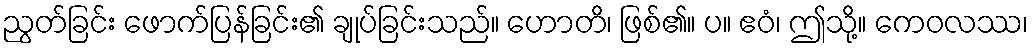
ညွတ်ခြင်း ဖောက်ပြန်ခြင်း၏ ချုပ်ခြင်းသည်။ ဟောတိ၊ ဖြစ်၏။ ပ။ ဧဝံ၊ ဤသို့။ ကေဝလဿ၊